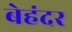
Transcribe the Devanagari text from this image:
बेहंदर